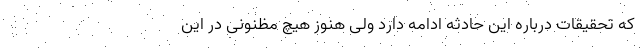
که تحقیقات درباره این حادثه ادامه دارد ولی هنوز هیچ مظنونی در این